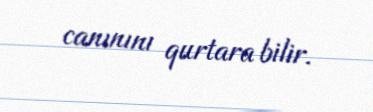
canınını qurtara bilir.